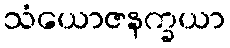
သံယောဇနက္ခယာ